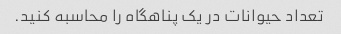
تعداد حیوانات در یک پناهگاه را محاسبه کنید.